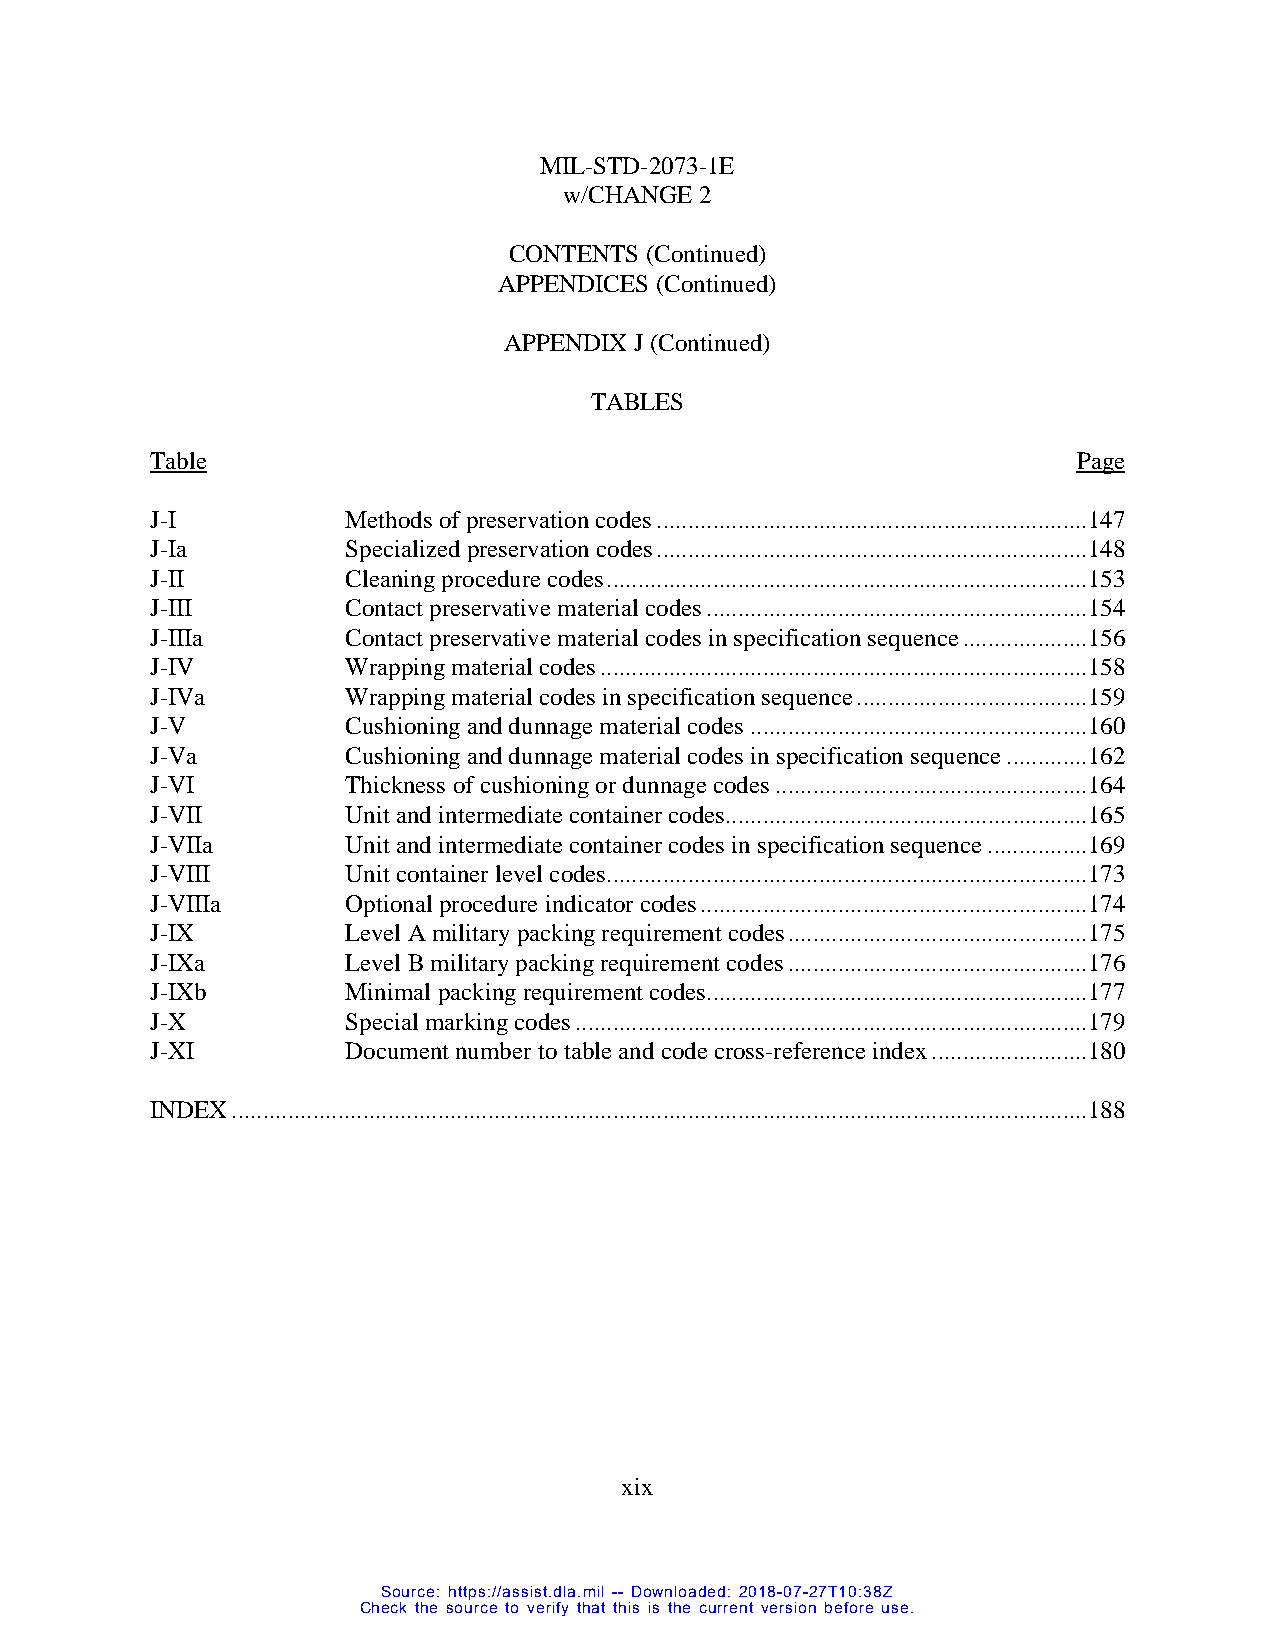
MIL-STD-2073-1E
 w/CHANGE 2
 CONTENTS (Continued)
 APPENDICES (Continued)
 APPENDIX J (Continued)
 TABLES
 Table                                                        Page
 J-I          Methods of preservation codes .....................................................................147
 J-Ia         Specialized preservation codes .....................................................................148
 J-II         Cleaning procedure codes .............................................................................153
 J-III        Contact preservative material codes .............................................................154
 J-IIIa       Contact preservative material codes in specification sequence ....................156
 J-IV         Wrapping material codes ..............................................................................158
 J-IVa        Wrapping material codes in specification sequence .....................................159
 J-V          Cushioning and dunnage material codes ......................................................160
 J-Va         Cushioning and dunnage material codes in specification sequence .............162
 J-VI         Thickness of cushioning or dunnage codes ..................................................164
 J-VII        Unit and intermediate container codes ..........................................................165
 J-VIIa       Unit and intermediate container codes in specification sequence ................169
 J-VIII       Unit container level codes.............................................................................173
 J-VIIIa      Optional procedure indicator codes ..............................................................174
 J-IX         Level A military packing requirement codes ................................................175
 J-IXa        Level B military packing requirement codes ................................................176
 J-IXb        Minimal packing requirement codes .............................................................177
 J-X          Special marking codes ..................................................................................179
 J-XI         Document number to table and code cross-reference index .........................180
 INDEX .........................................................................................................................................188
 xi x
 Source: https://assist.dla.mil -- Downloaded: 2018-07-27T10:38Z
 Check the source to verify that this is the current version before use.